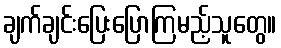
ချက်ချင်းပြေးပြောကြမည့်သူတွေ။